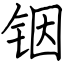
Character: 铟